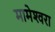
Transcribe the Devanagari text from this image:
मामेश्‍वरा